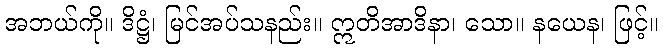
အဘယ်ကို။ ဒိဋ္ဌံ၊ မြင်အပ်သနည်း။ ဣတိအာဒိနာ၊ သော။ နယေန၊ ဖြင့်။